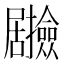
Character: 𭕽